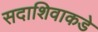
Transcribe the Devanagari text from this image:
सदाशिवाकडे